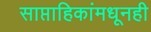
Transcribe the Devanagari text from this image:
साप्ताहिकांमधूनही